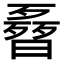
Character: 𣍌